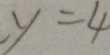
y = 4